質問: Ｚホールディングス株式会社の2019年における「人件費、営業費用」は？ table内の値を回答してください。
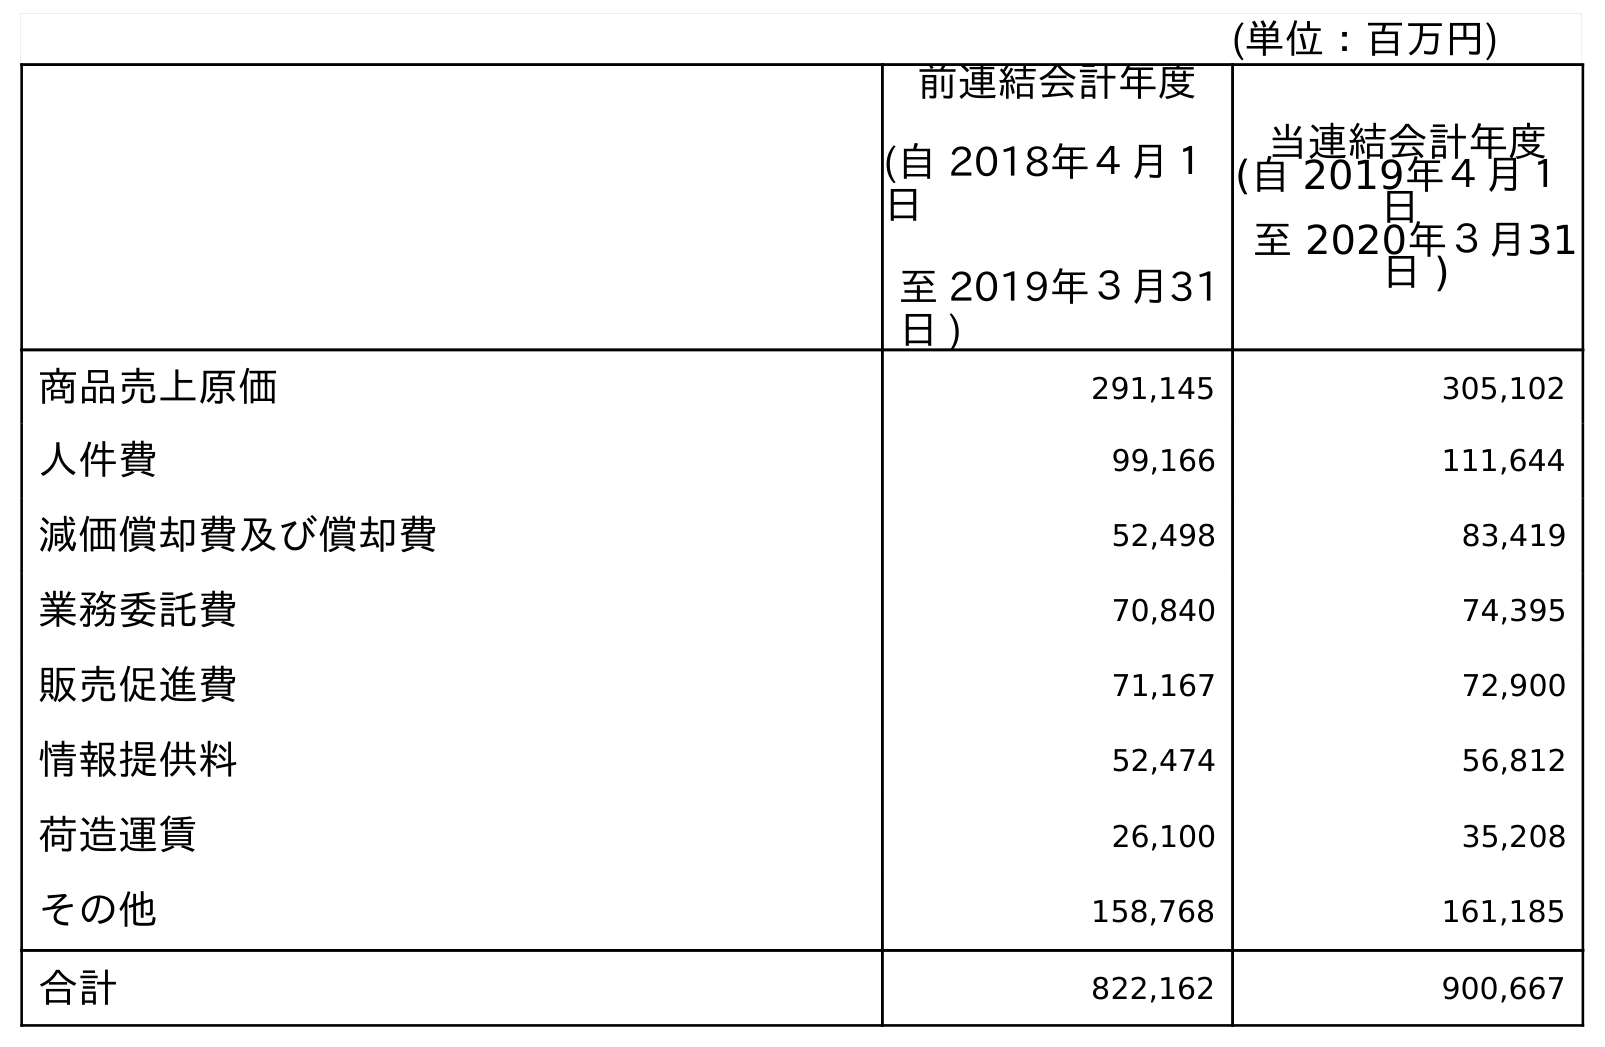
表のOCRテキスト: (単位：百万円) 前連結会計年度 (自 2018年４月１ 日 至 2019年３月31 日 ) 当連結会計年度 (自 2019年４月１ 日 至 2020年３月31 日 ) 商品売上原価 291,145 305,102 人件費 99,166 111,644 減価償却費及び償却費 52,498 83,419 業務委託費 70,840 74,395 販売促進費 71,167 72,900 情報提供料 52,474 56,812 荷造運賃 26,100 35,208 その他 158,768 161,185 合計 822,162 900,667
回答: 99,166